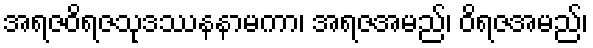
အရဇဝိရဇသုဒဿနနာမကာ၊ အရဇအမည်၊ ဝိရဇအမည်၊